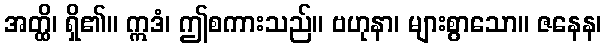
အတ္ထိ၊ ရှိ၏။ ဣဒံ၊ ဤစကားသည်။ ဗဟုနာ၊ များစွာသော။ ဇနေန၊